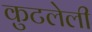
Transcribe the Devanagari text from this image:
कुटलेली